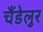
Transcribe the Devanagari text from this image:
चैंडेलुर